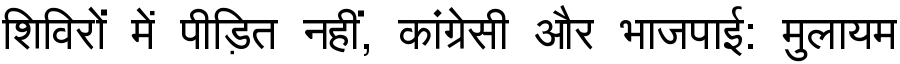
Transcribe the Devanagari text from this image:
शिविरों में पीड़ित नहीं, कांग्रेसी और भाजपाई: मुलायम